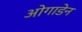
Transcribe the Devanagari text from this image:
ओगाडेन